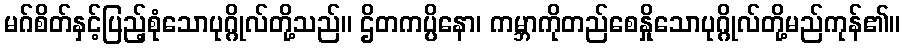
မဂ်စိတ်နှင့်ပြည့်စုံသောပုဂ္ဂိုလ်တို့သည်။ ဌိတကပ္ပိနော၊ ကမ္ဘာကိုတည်စေနှိုသောပုဂ္ဂိုလ်တို့မည်ကုန်၏။